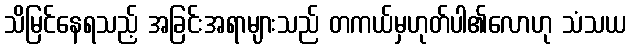
သိမြင်နေရသည့် အခြင်းအရာများသည် တကယ်မှဟုတ်ပါ၏လောဟု သံသယ